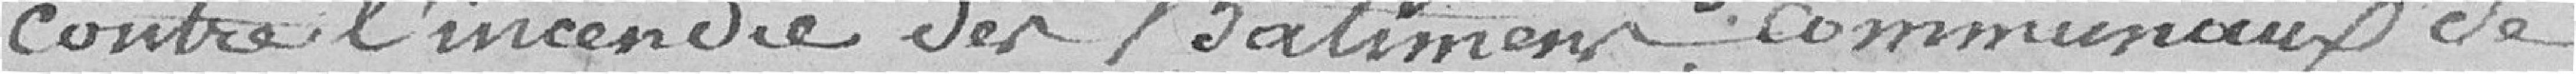
contre l'incendie des Bâtiments Communaux de